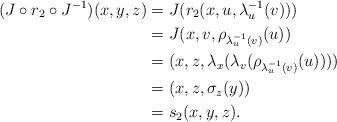
LaTeX: \begin{align*} (J\circ r_2\circ J^{-1})(x,y,z) & =J(r_2(x,u,\lambda_{u}^{-1}(v)))\\ & =J(x,v,\rho_{\lambda_u^{-1}(v)}(u))\\ & =(x,z,\lambda_x(\lambda_v(\rho_{\lambda_u^{-1}(v)}(u))))\\ & =(x,z,\sigma_z(y))\\ & =s_2(x,y,z). \end{align*}